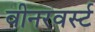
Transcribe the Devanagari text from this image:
वीनरवर्स्ट